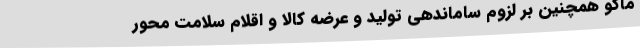
ماکو همچنین بر لزوم ساماندهی تولید و عرضه کالا و اقلام سلامت محور